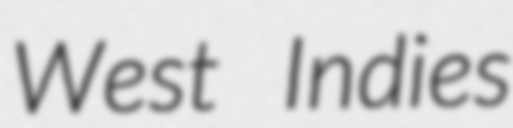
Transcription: West Indies